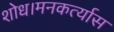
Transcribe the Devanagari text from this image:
शोध।मनकर्त्यास